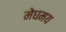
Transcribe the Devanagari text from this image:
मेघमय